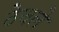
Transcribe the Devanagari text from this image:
ठेचले